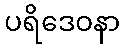
ပရိဒေဝနာ